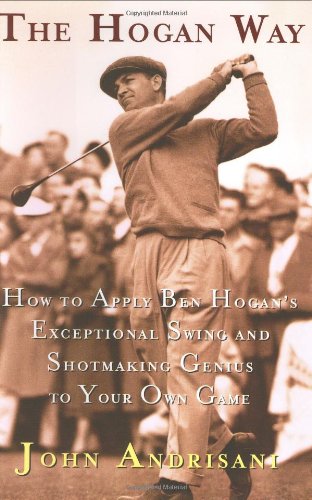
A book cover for The Hogan Way: How to Apply Ben Hogan's Exceptional Swing and Shotmaking Genius to Your Own Game; John Andrisani; Sports & Outdoors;